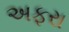
અફરા